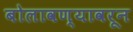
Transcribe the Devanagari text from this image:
बोलावण्यावरून